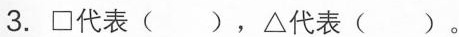
3.□代表()，△代表()。